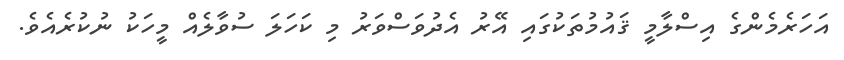
އަހަރެމެންގެ އިސްލާމީ ޤައުމުތަކުގައި އޭރު އެދުވަސްވަރު މި ކަހަލަ ސުވާލެއް މީހަކު ނުކުރެއެވެ.